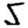
Digit: 5